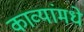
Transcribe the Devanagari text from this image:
काव्यांमधे